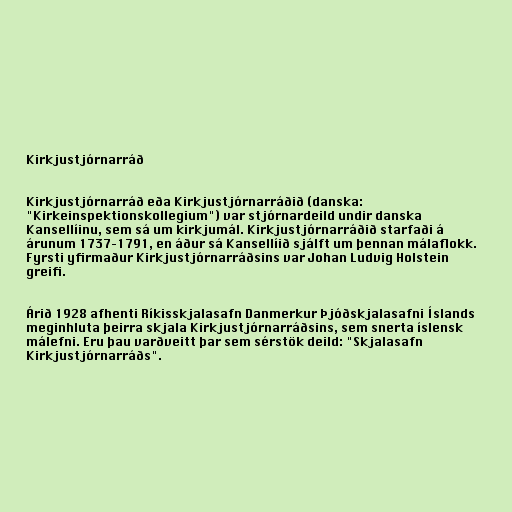
Kirkjustjórnarráð

Kirkjustjórnarráð eða Kirkjustjórnarráðið (danska:
"Kirkeinspektionskollegium") var stjórnardeild undir danska
Kansellíinu, sem sá um kirkjumál. Kirkjustjórnarráðið starfaði á
árunum 1737–1791, en áður sá Kansellíið sjálft um þennan málaflokk.
Fyrsti yfirmaður Kirkjustjórnarráðsins var Johan Ludvig Holstein
greifi.

Árið 1928 afhenti Ríkisskjalasafn Danmerkur Þjóðskjalasafni Íslands
meginhluta þeirra skjala Kirkjustjórnarráðsins, sem snerta íslensk
málefni. Eru þau varðveitt þar sem sérstök deild: "Skjalasafn
Kirkjustjórnarráðs".